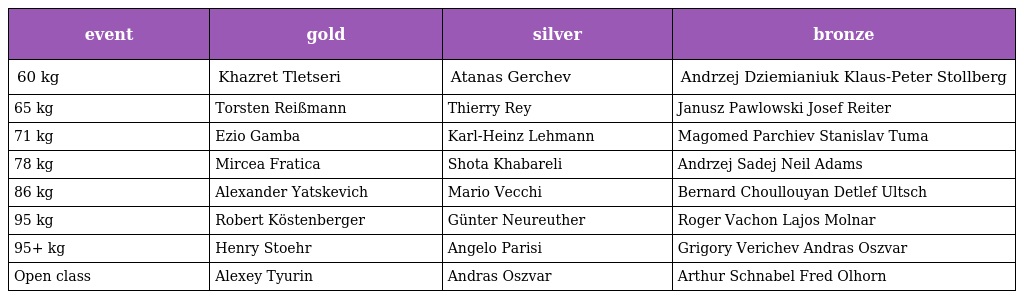
| event | gold | silver | bronze |
 | --- | --- | --- | --- |
 | 60 kg | Khazret Tletseri | Atanas Gerchev | Andrzej Dziemianiuk Klaus-Peter Stollberg |
 | 65 kg | Torsten Reißmann | Thierry Rey | Janusz Pawlowski Josef Reiter |
 | 71 kg | Ezio Gamba | Karl-Heinz Lehmann | Magomed Parchiev Stanislav Tuma |
 | 78 kg | Mircea Fratica | Shota Khabareli | Andrzej Sadej Neil Adams |
 | 86 kg | Alexander Yatskevich | Mario Vecchi | Bernard Choullouyan Detlef Ultsch |
 | 95 kg | Robert Köstenberger | Günter Neureuther | Roger Vachon Lajos Molnar |
 | 95+ kg | Henry Stoehr | Angelo Parisi | Grigory Verichev Andras Oszvar |
 | Open class | Alexey Tyurin | Andras Oszvar | Arthur Schnabel Fred Olhorn |